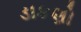
ડાકણો